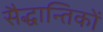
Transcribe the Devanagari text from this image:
सैद्धान्तिकों